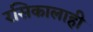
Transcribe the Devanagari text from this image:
रसिकालाही